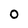
Character: 0